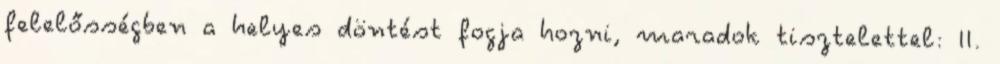
felelősségben a helyes döntést fogja hozni, maradok tisztelettel: II.